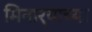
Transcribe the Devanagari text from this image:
मिनार्‍याच्या